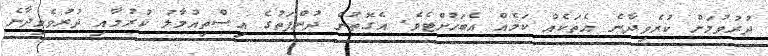
ދުރުވުމަށް ކުރެވިދާނެ އެތަކެއް ކަމެއް އެބަހުށްޓެވެ. އެގޮތުން ދުންފަތުގެ އިސްތިއުމާލު ކުރުމާއި ދުރުވެވިދާނެ